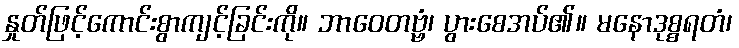
နှုတ်ဖြင့်ကောင်းစွာကျင့်ခြင်းကို။ ဘာဝေတဗ္ဗံ၊ ပွားစေအပ်၏။ မနောဒုစ္စရတံ၊